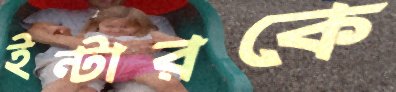
ইন্টারকে